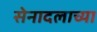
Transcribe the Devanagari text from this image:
सेनादलाच्या